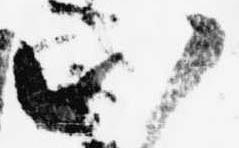
以